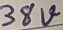
Text: 38V